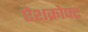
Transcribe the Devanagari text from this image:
ऐशक्रोफ्ट